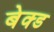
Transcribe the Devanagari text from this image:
बेक्‍ड